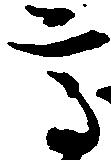
高